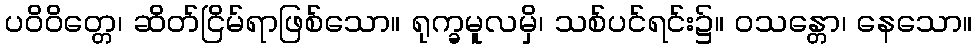
ပဝိဝိတ္တေ၊ ဆိတ်ငြိမ်ရာဖြစ်သော။ ရုက္ခမူလမှိ၊ သစ်ပင်ရင်း၌။ ဝသန္တော၊ နေသော။